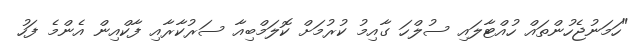
"ހަމަނުޖެހުންތައް ހުއްޓާލައި ސުލްހަ ގާއިމު ކުރުމަށް ކޮލަމްބިއާ ސަރުކާރާއި ފާކްއިން އެންމެ ފަހު